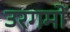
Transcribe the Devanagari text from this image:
उरगमों